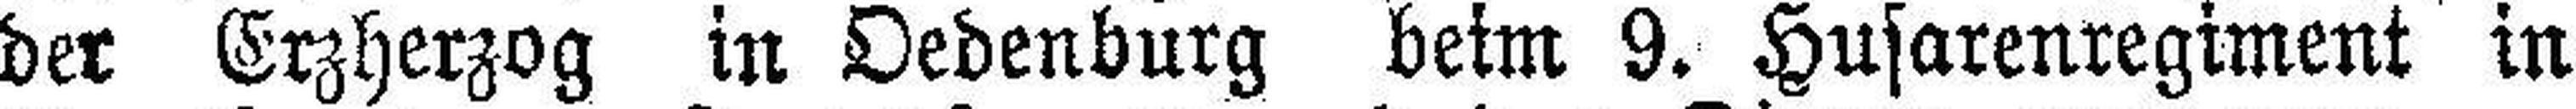
der Erzherzog in Oedenburg beim 9. Husarenregiment in